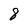
Character: 8